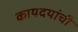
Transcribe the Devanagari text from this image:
कायदयांची